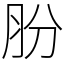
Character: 肦